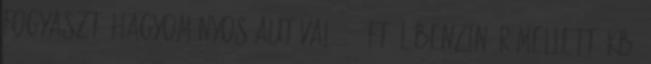
fogyasztó hagyományos autóval, 430 Ft l benzin ár mellett, kb.